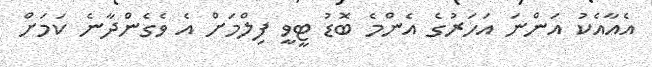
އެއާއެކު އަންނަ އަހަރުގެ އެންމެ ބޮޑު ޓީވީ ފިލްމަށް އެ ވެގެންދާނެ ކަމަށް